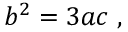
b ^ { 2 } = 3 a c \; ,